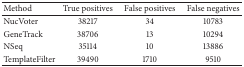
| Method | True positives | False positives | False negatives |
 | --- | --- | --- | --- |
 | NucVoter | 38217 | 34 | 10783 |
 | GeneTrack | 38706 | 13 | 10294 |
 | NSeq | 35114 | 10 | 13886 |
 | TemplateFilter | 39490 | 1710 | 9510 |